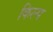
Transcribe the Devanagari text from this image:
किल्प